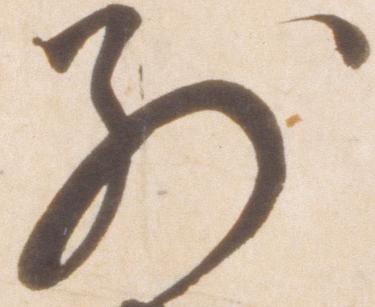
別